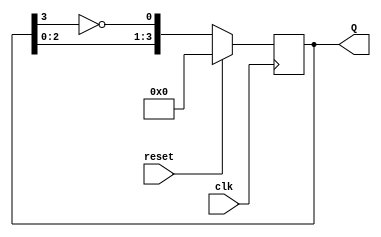
module johnson_counter (
    input wire clk,         // Clock signal
    input wire reset,       // Synchronous reset
    output reg [3:0] Q      // 4-bit counter output
);

// Counter logic
always @(posedge clk) begin
    if (reset) begin
        Q <= 4'b0000;      // Asynchronous reset to 0000
    end else begin
        Q <= {Q[2:0], ~Q[3]}; // Shift and feedback inverted last bit
    end
end

endmodule